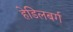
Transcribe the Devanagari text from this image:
हेडिलबर्ग